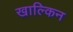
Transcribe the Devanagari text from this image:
खाल्किन